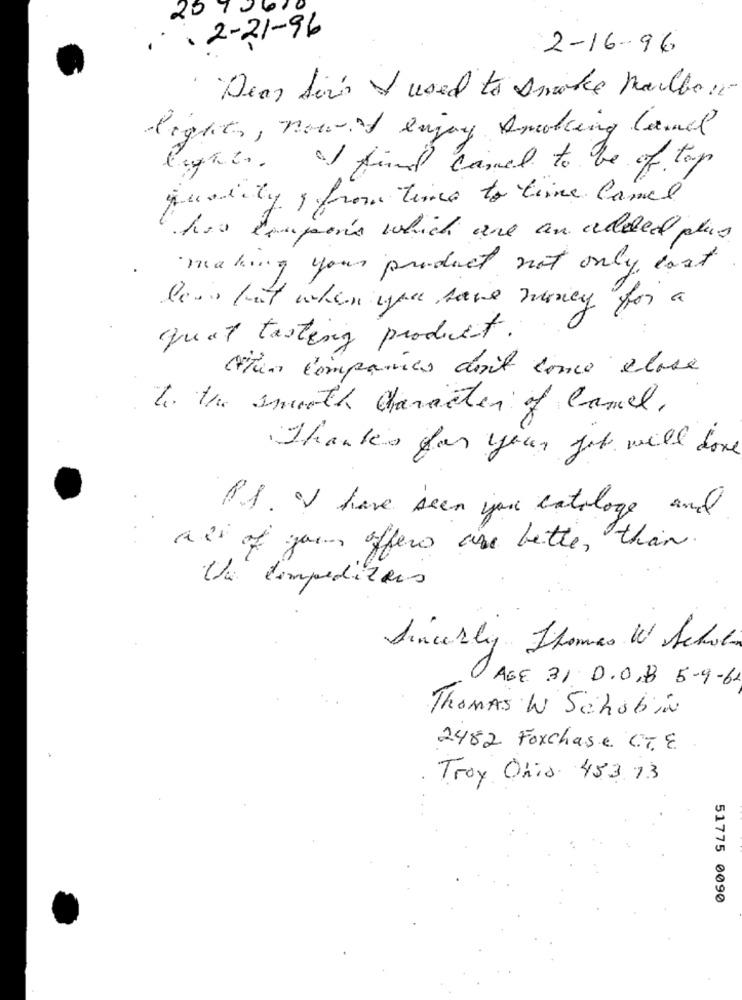
25%.
1 . 2-21-96
2-16-96
Dear born I used to smoke Marlboro
lights, now I enjoy smoking land
find come to be of top
quality , from time to time camel
"his composés which une an added plus
making your product not only cost
les, but when you have money for a
qual tasting product.
Cun Companies doit conce clase
to the smooth character of Camel.
Thanks for your job will done
P.S. I have seen you eatologe and
als of your offers are better than.
Un dimpeditors
Sincerely Thomas W Schol
ASE 31 D.O.B 5-9-62
Thomas W Schobin
2482 Foxchase CTE
Troy Ohio 453.13
51775 0090